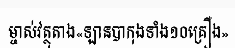
ម្ចាស់វត្ថុតាង«ឡានបាកុងទាំង១០គ្រឿង»